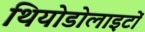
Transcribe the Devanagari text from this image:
थियोडोलाइटों